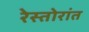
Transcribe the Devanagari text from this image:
रेस्तोरांत